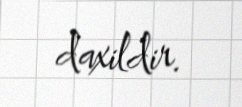
daxildir.